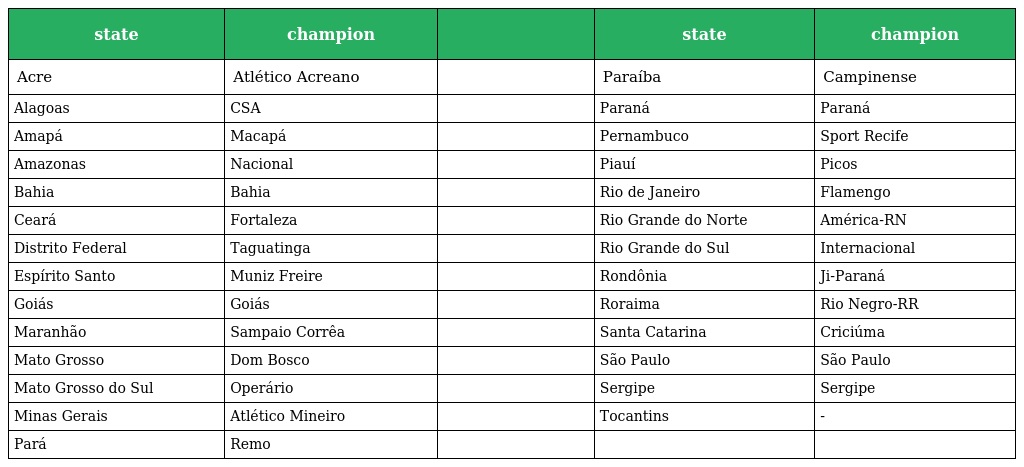
| state | champion |  | state | champion |
 | --- | --- | --- | --- | --- |
 | Acre | Atlético Acreano |  | Paraíba | Campinense |
 | Alagoas | CSA |  | Paraná | Paraná |
 | Amapá | Macapá |  | Pernambuco | Sport Recife |
 | Amazonas | Nacional |  | Piauí | Picos |
 | Bahia | Bahia |  | Rio de Janeiro | Flamengo |
 | Ceará | Fortaleza |  | Rio Grande do Norte | América-RN |
 | Distrito Federal | Taguatinga |  | Rio Grande do Sul | Internacional |
 | Espírito Santo | Muniz Freire |  | Rondônia | Ji-Paraná |
 | Goiás | Goiás |  | Roraima | Rio Negro-RR |
 | Maranhão | Sampaio Corrêa |  | Santa Catarina | Criciúma |
 | Mato Grosso | Dom Bosco |  | São Paulo | São Paulo |
 | Mato Grosso do Sul | Operário |  | Sergipe | Sergipe |
 | Minas Gerais | Atlético Mineiro |  | Tocantins | - |
 | Pará | Remo |  |  |  |